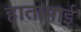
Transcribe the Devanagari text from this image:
हातापाई